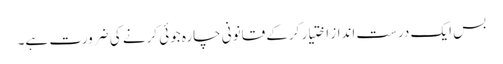
بس ایک درست انداز اختیار کرکے قانونی چارہ جوئی کرنے کی ضرورت ہے۔